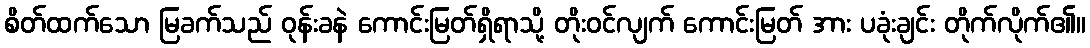
စိတ်ထက်သော မြခက်သည် ဝုန်းခနဲ ကောင်းမြတ်ရှိရာသို့ တိုးဝင်လျက် ကောင်းမြတ် အား ပခုံးချင်း တိုက်လိုက်၏။